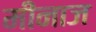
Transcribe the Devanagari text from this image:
मीनाज